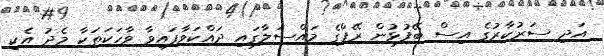
އަދި ސަރުކާރުގެ އިސް ބޭފުޅުން ރޭޕްގެ މައްސަލާގައި ދައްކަވާފައިވާ ވާހަކަތަކާ މެދު އެކި